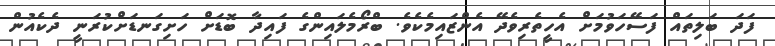
ފަދަ ބަލިތައް ފަސޭހަވުމަށް އެހީތެރިވެދޭ އެންޒައިމެކެވެ. ބްރޯމެލައިންގެ ފައިދާ ބޮޑަށް ހަށިގަނޑަށްކުރަނީ ދެކެއުން